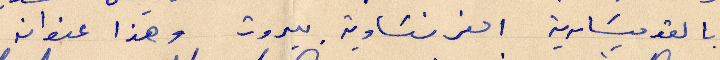
بالقوميسارية الفرنساوية ببيروت وهذا عنوانه